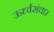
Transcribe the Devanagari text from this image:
ऊर्ध्वसंचार